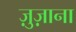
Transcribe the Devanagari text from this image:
ज़ुज़ाना